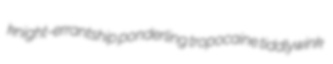
knight-errantship ponderling tropocaine tiddlywink